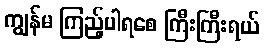
ကျွန်မ ကြည့်ပါရစေ ကြီးကြီးရယ်